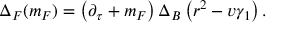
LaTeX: \Delta _ { \cal F } ( m _ { \cal F } ) = \left( \partial _ { \tau } + m _ { \cal F } \right) \Delta _ { \cal B } \left( r ^ { 2 } - v \gamma _ { 1 } \right) .